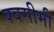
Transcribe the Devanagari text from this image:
क्वसीमी